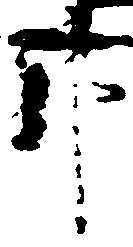
那